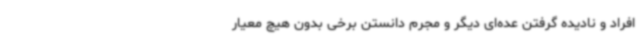
افراد و نادیده گرفتن عده‌ای دیگر و مجرم دانستن برخی بدون هیچ معیار